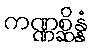
ကဏ္ဏစ္ဆိန္နံ